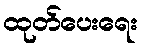
ထုတ်ပေးရေး